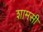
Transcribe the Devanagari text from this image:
शामसी